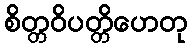
စိတ္တဝိပတ္တိဟေတု